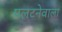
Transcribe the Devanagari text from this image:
पलटनेवाला